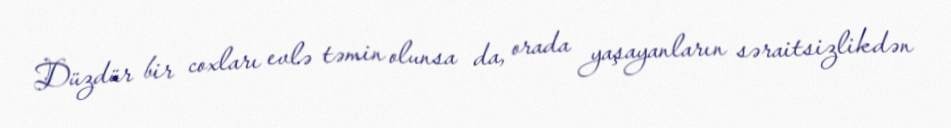
Düzdür bir coxları evlə təmin olunsa da, orada yaşayanların səraitsizlikdən